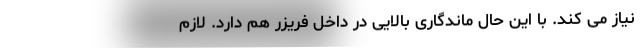
نیاز می کند. با این حال ماندگاری بالایی در داخل فریزر هم دارد. لازم